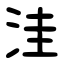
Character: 洼